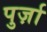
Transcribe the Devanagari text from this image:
पुर्ज़ा